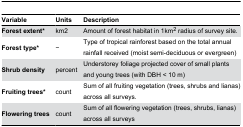
| Variable | Units | Description |
 | --- | --- | --- |
 | Forest extent* | km2 | Amount of forest habitat in 1km2 radius of survey site. |
 | Forest type* | − | Type of tropical rainforest based on the total annual rainfall received (moist semi-deciduous or evergreen) |
 | Shrub density | percent | Understorey foliage projected cover of small plants and young trees (with DBH < 10 m) |
 | Fruiting trees* | count | Sum of all fruiting vegetation (trees, shrubs and lianas) across all surveys. |
 | Flowering trees | count | Sum of all flowering vegetation (trees, shrubs, lianas) across all surveys |